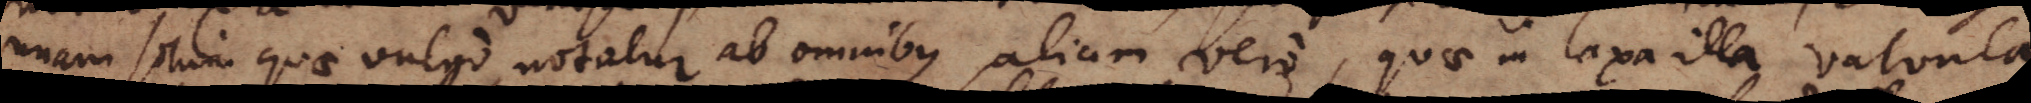
unam secui quae vulgo notatur ab omnibus, aliam vero, quae in laxa illa valvula